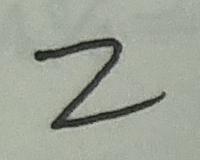
2